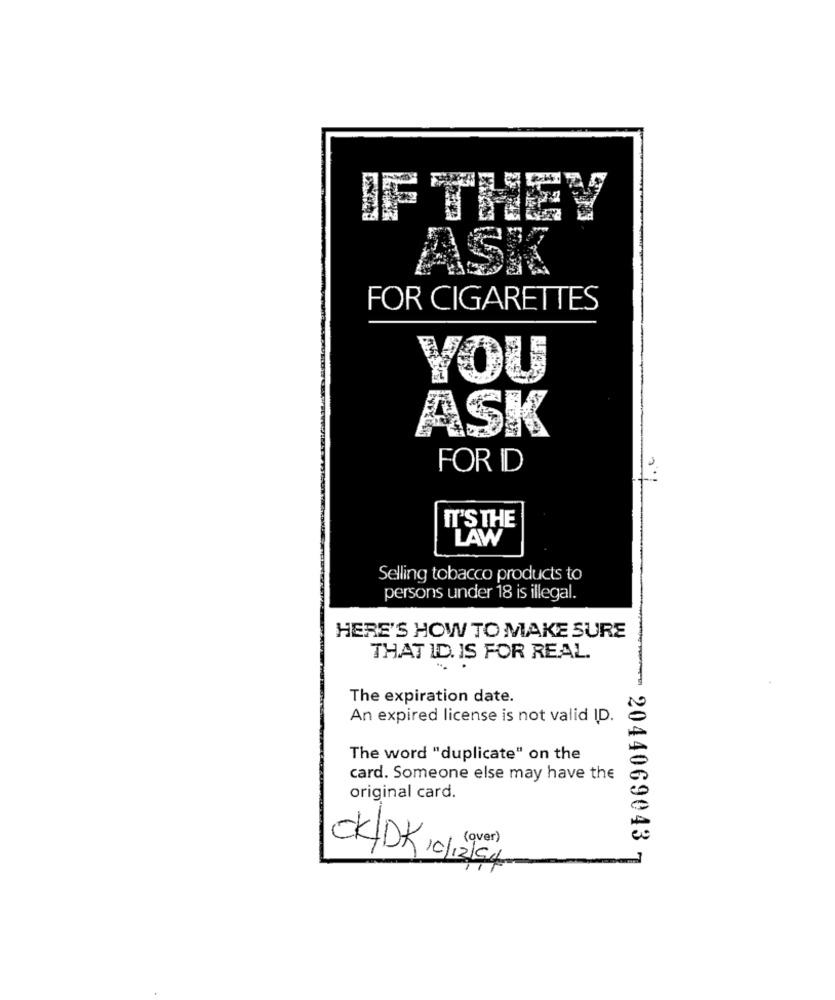
IF THEY
ASK
FOR CIGARETTES
VOU
ASK
FOR ID
IT'S THE
LAW
Selling tobacco products to
persons under 18 is illegal.
HERE'S HOW TO MAKE SURE
THAT ID. IS FOR REAL.
The expiration date.
An expired license is not valid ID.
The word "duplicate" on the
card. Someone else may have the
original card.
2044069043
CK/DK ,0/ (ver)
/12/54